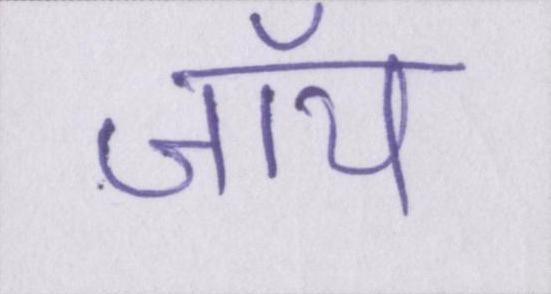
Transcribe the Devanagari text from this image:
जॉय